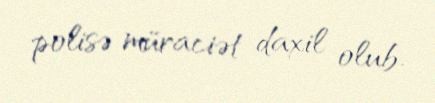
polisə müraciət daxil olub.